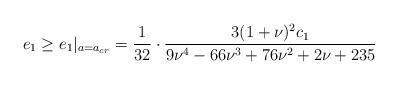
LaTeX: \begin{align*}e_1\ge e_1|_{a=a_{cr}}=\frac1{32} \cdot \frac { 3(1+\nu)^2 c_1 }{9\nu^4-66\nu^3+76\nu^2+2\nu+235}\end{align*}